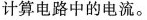
计算电路中的电流。